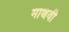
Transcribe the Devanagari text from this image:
माथवी